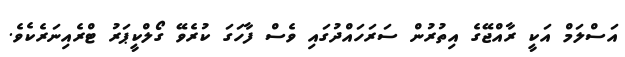
އަސްލަމް އަކީ ރާއްޖޭގެ އިތުރުން ސަރަހައްދުގައި ވެސް ފާހަގަ ކުރެވޭ ގޯލްކީޕަރު ޓްރެއިނަރެކެވެ.